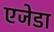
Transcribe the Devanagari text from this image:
एजेडा